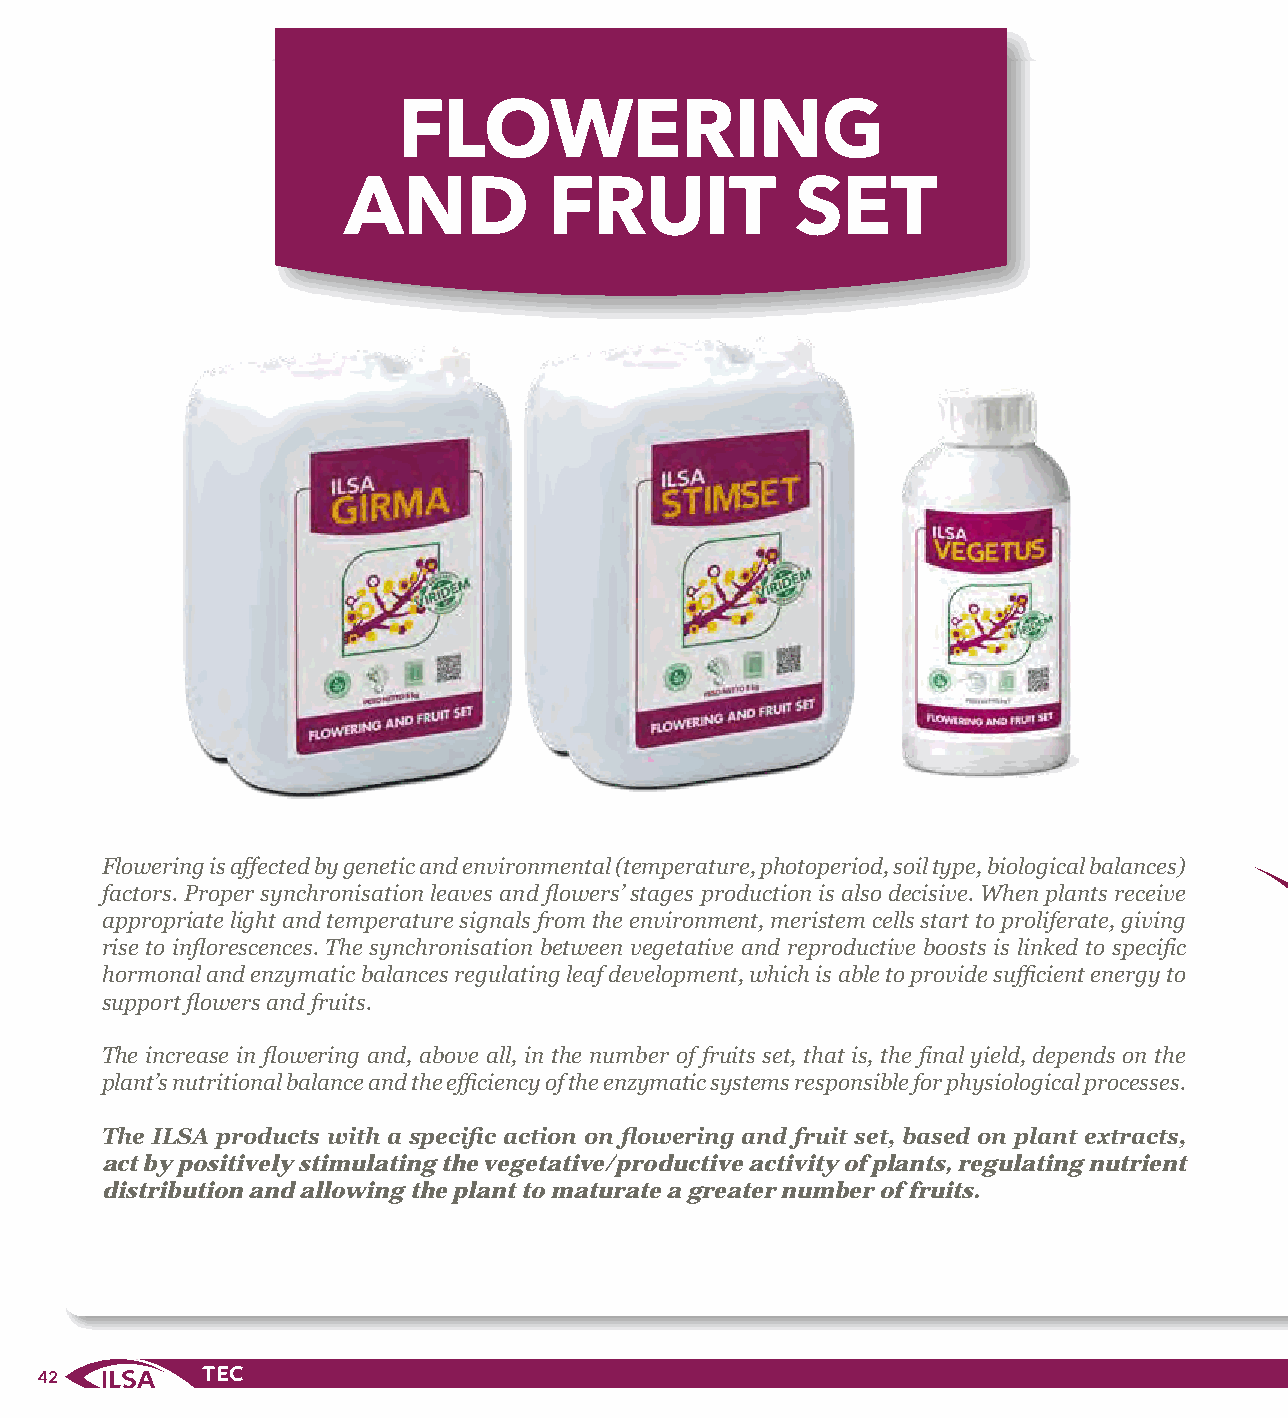
FLOWERING
 AND          FRUIT            SET
 Flowering is affected by genetic and environmental (temperature, photoperiod, soil type, biological balances)
 factors. Proper synchronisation leaves and flowers’ stages production is also decisive. When plants receive
 appropriate light and temperature signals from the environment, meristem cells start to proliferate, giving
 rise to inflorescences. The synchronisation between vegetative and reproductive boosts is linked to specific
 hormonal and enzymatic balances regulating leaf development, which is able to provide sufficient energy to
 support flowers and fruits.
 The increase in flowering and, above all, in the number of fruits set, that is, the final yield, depends on the
 plant’s nutritional balance and the efficiency of the enzymatic systems responsible for physiological processes.
 The ILSA products with a specific action on flowering and fruit set, based on plant extracts,
 act by positively stimulating the vegetative/productive activity of plants, regulating nutrient
 distribution and allowing the plant to maturate a greater number of fruits.
 42